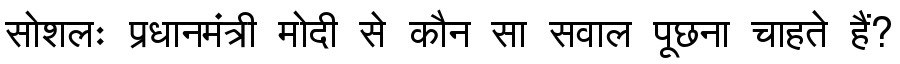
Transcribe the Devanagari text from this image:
सोशलः प्रधानमंत्री मोदी से कौन सा सवाल पूछना चाहते हैं?